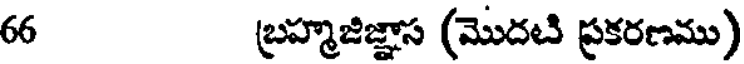
66 బ్రహ్మజిజ్ఞాస (మొదటి ప్రకరణము)